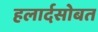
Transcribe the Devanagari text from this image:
हलार्दसोबत